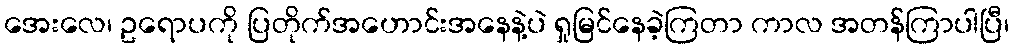
အေးလေ၊ ဥရောပကို ပြတိုက်အဟောင်းအနေနဲ့ပဲ ရှုမြင်နေခဲ့ကြတာ ကာလ အတန်ကြာပါပြီ၊